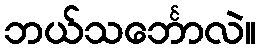
ဘယ်သင်္ဘောလဲ။